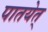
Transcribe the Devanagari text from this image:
पातयेत्